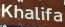
khalifa